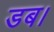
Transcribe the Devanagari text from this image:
डब।